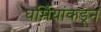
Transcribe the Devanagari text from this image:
धर्मियांकडून